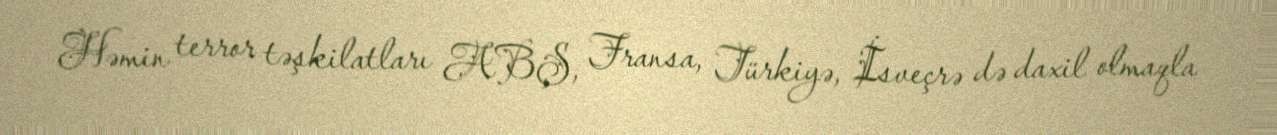
Həmin terror təşkilatları ABŞ, Fransa, Türkiyə, İsveçrə də daxil olmaqla